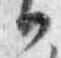
日